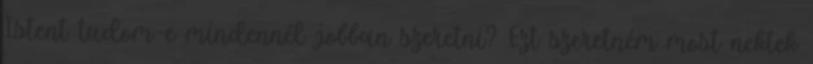
Istent tudom-e mindennél jobban szeretni? Ezt szeretném most nektek